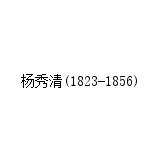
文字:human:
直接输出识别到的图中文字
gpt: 杨秀清(1823-1856)